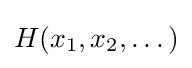
H(x_{1},x_{2},\dots )